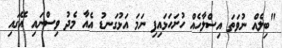
"ބިލެއް ނުވަތަ އިސްލާހެއް ހުށަހަޅައިފި ނަމަ އަޅުގަނޑު އެއާ މެދު ވިސްނައި އޭގައި